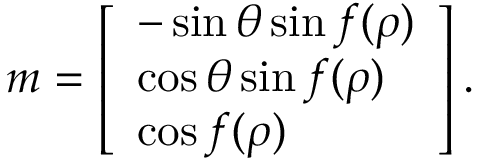
\begin{array} { r } { { \boldsymbol { m } } = \left[ \begin{array} { l } { - \sin \theta \sin f ( \rho ) } \\ { \cos \theta \sin f ( \rho ) } \\ { \cos f ( \rho ) } \end{array} \right] . } \end{array}